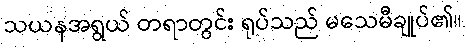
သယနအရွယ် တရာတွင်း ရုပ်သည် မသေမီချုပ်၏။